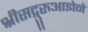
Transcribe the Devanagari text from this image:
श्रीसद्गुरुआज्ञेने